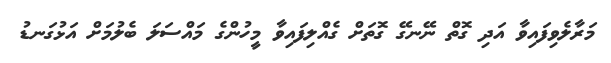
މަރާލެވިފައިވާ އަދި ގޮތް ނޭނގޭ ގޮތަށް ގެއްލިފައިވާ މީހުންގެ މައްސަލަ ބެލުމަށް އަޅުގަނޑު